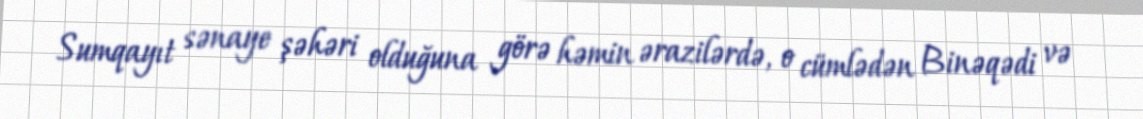
Sumqayıt sənaye şəhəri olduğuna görə həmin ərazilərdə, o cümlədən Binəqədi və